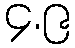
၄.၉